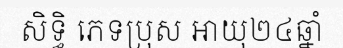
សិទ្ធិ ភេទប្រុស អាយុ២៤ឆ្នាំ